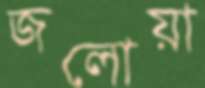
জলোয়া